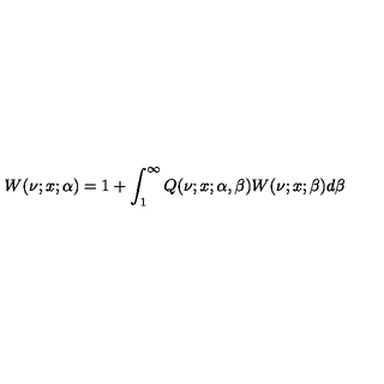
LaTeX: W ( \nu ; x ; \alpha ) = 1 + \int _ { 1 } ^ { \infty } Q ( \nu ; x ; \alpha , \beta ) W ( \nu ; x ; \beta ) d \beta